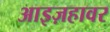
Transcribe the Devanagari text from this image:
आइज़हावर